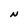
Character: N